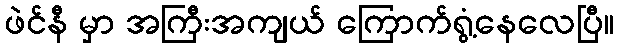
ဖဲင်နီ မှာ အကြီးအကျယ် ကြောက်ရွံ့နေလေပြီ။